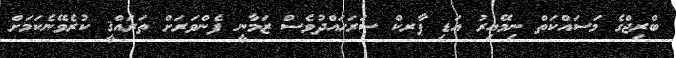
ބްރިޖްގެ މަސައްކަތް ނިމޭއިރު އަޑި ޕާރކް ސަރަހައްދުވެސް ޒަމާނީ ފެންވަރަށް ތަރައްޤީ ކުރެވޭނެކަމަށް